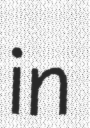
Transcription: in